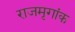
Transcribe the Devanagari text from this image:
राजमृगांक